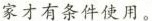
家才有条件使用。